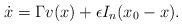
LaTeX: \begin{align*}\dot x = \Gamma v(x) + \epsilon I_n (x_0 - x).\end{align*}